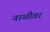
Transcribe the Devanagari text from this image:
नाळीवर